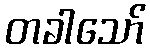
တခါသော်